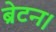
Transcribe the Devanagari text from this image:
ब्रेटन।